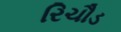
રિચૌડ